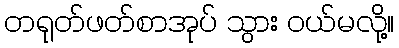
တရုတ်ဖတ်စာအုပ် သွား ဝယ်မလို့။